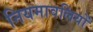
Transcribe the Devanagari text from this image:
नियमावलियों